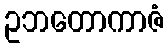
ဥဘတောကာဇံ